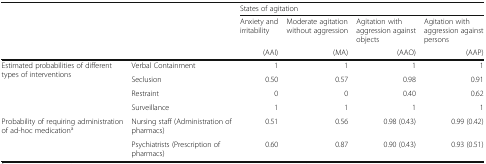
<table><thead><tr><td rowspan="3" colspan="2"></td><td colspan="4"><b>States of agitation</b></td></tr><tr><td><b>Anxiety and irritability</b></td><td><b>Moderate agitation without aggression</b></td><td><b>Agitation with aggression against objects</b></td><td><b>Agitation with aggression against persons</b></td></tr><tr><td><b>(AAI)</b></td><td><b>(MA)</b></td><td><b>(AAO)</b></td><td><b>(AAP)</b></td></tr></thead><tbody><tr><td rowspan="4">Estimated probabilities of different types of interventions</td><td>Verbal Containment</td><td>1</td><td>1</td><td>1</td><td>1</td></tr><tr><td>Seclusion</td><td>0.50</td><td>0.57</td><td>0.98</td><td>0.91</td></tr><tr><td>Restraint</td><td>0</td><td>0</td><td>0.40</td><td>0.62</td></tr><tr><td>Surveillance</td><td>1</td><td>1</td><td>1</td><td>1</td></tr><tr><td rowspan="2">Probability of requiring administration of ad-hoc medication<sup>a</sup></td><td>Nursing staff (Administration of pharmacs)</td><td>0.51</td><td>0.56</td><td>0.98 (0.43)</td><td>0.99 (0.42)</td></tr><tr><td>Psychiatrists (Prescription of pharmacs)</td><td>0.60</td><td>0.87</td><td>0.90 (0.43)</td><td>0.93 (0.51)</td></tr></tbody></table>